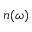
n ( \omega )